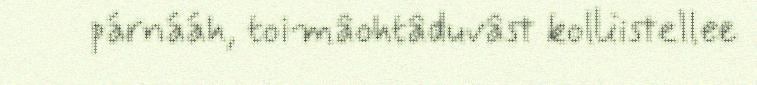
párnááh, toimâohtâduvâst kolliistellee